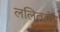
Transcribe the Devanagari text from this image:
ललितबंध